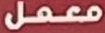
معمل